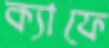
ক্যাফে